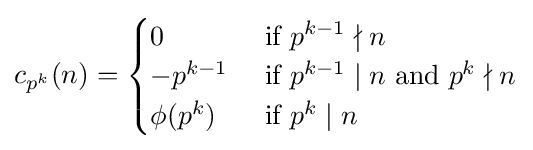
c_{p^{k}}(n)={\begin{cases}0&{\mbox{  if }}p^{k-1}\nmid n\\-p^{k-1}&{\mbox{  if }}p^{k-1}\mid n{\mbox{ and }}p^{k}\nmid n\\\phi (p^{k})&{\mbox{  if }}p^{k}\mid n\\\end{cases}}